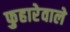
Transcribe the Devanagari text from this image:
फुहारेवाले